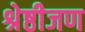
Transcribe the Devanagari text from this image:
श्रेष्ठीजण